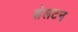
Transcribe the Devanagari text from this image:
शेलटन